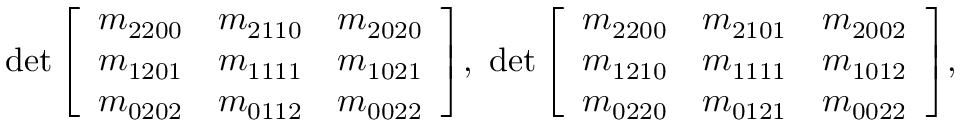
\mathrm { d e t } \left[ \begin{array} { l l l } { m _ { 2 2 0 0 } } & { m _ { 2 1 1 0 } } & { m _ { 2 0 2 0 } } \\ { m _ { 1 2 0 1 } } & { m _ { 1 1 1 1 } } & { m _ { 1 0 2 1 } } \\ { m _ { 0 2 0 2 } } & { m _ { 0 1 1 2 } } & { m _ { 0 0 2 2 } } \end{array} \right] \! , \, \, \mathrm { d e t } \left[ \begin{array} { l l l } { m _ { 2 2 0 0 } } & { m _ { 2 1 0 1 } } & { m _ { 2 0 0 2 } } \\ { m _ { 1 2 1 0 } } & { m _ { 1 1 1 1 } } & { m _ { 1 0 1 2 } } \\ { m _ { 0 2 2 0 } } & { m _ { 0 1 2 1 } } & { m _ { 0 0 2 2 } } \end{array} \right] \! , \,